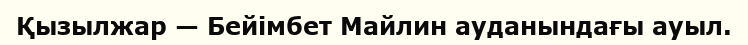
Қызылжар — Бейімбет Майлин ауданындағы ауыл.